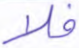
فلا